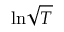
\ln \! \sqrt { T }